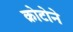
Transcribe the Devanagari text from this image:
क्रोटोने